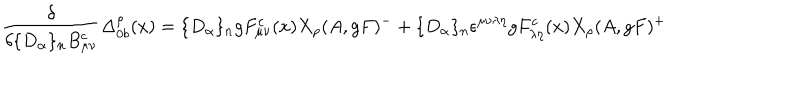
LaTeX: \frac { \delta } { \delta \{ D _ { \alpha } \} _ { n } B _ { \mu \nu } ^ { c } } \Delta _ { 0 b } ^ { \rho } ( x ) = \{ D _ { \alpha } \} _ { n } g F _ { \mu \nu } ^ { c } ( x ) X _ { \rho } ( A , g F ) ^ { - } + \{ D _ { \alpha } \} _ { n } \epsilon ^ { \mu \nu \lambda \eta } g F _ { \lambda \eta } ^ { c } ( x ) X _ { \rho } ( A , g F ) ^ { + }